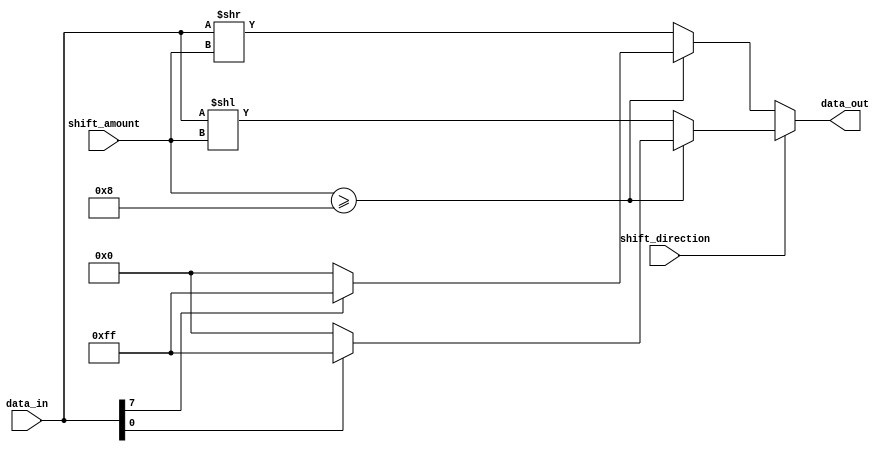
module Barrel_Shifter (
   input signed [7:0] data_in,
   input [2:0] shift_amount,
   input shift_direction,
   output reg signed [7:0] data_out
);

always @(*) begin
   if (shift_direction == 1'b0) begin // right shift
      if (shift_amount >= 8) begin
         data_out = (data_in[7] == 1'b0) ? 8'b0 : 8'b11111111; // handle sign extension
      end else begin
         data_out = data_in >> shift_amount;
      end
   end else begin // left shift
      if (shift_amount >= 8) begin
         data_out = (data_in[0] == 1'b0) ? 8'b0 : 8'b11111111; // handle sign extension
      end else begin
         data_out = data_in << shift_amount;
      end
   end
end

endmodule